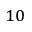
^ { 1 0 }